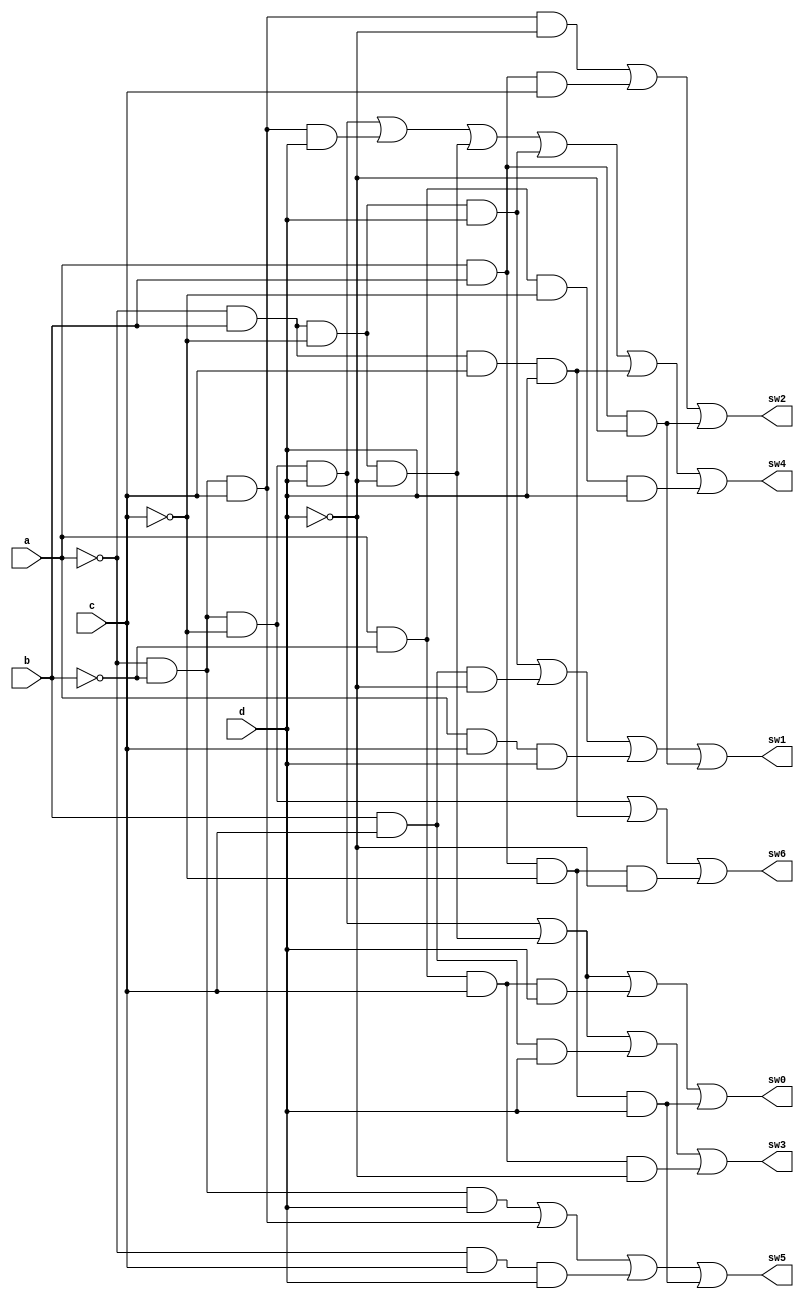
module seven_segment_decoder (a,b,c,d,sw0,sw1,sw2,sw3,sw4,sw5,sw6);
input a,b,c,d;
output sw0, sw1, sw2, sw3, sw4, sw5, sw6;
assign sw0= ~a & ~b & ~c & d | ~a & b & ~c & ~d | a & ~b & c & d | a & b & ~c & d;
assign sw1= ~a & b & ~c & d | b & c & ~d | a & c & d | a & b & ~d;
assign sw2= ~a & ~b & c & ~d | a & b & c | a & b & ~d; 
assign sw3= (~a & ~b & ~c & d) | (~a & b & ~c & ~d) | (b & c & d) | (a & ~b & c & ~d);
assign sw4= (~a & ~b & ~c & d) |( ~a & ~b & c & d) | (~a & b & ~c & ~d )| (~a & b & ~c & d) |
(~a & b & c & d) | (a & ~b & ~c & d) ;
assign sw5= ~a & ~b & d | ~a & ~b & c | ~a & c & d | a & b & ~c & d;
assign sw6= ~a & ~b & ~c | ~a & b & c & d | a & b & ~c & ~d;
endmodule